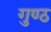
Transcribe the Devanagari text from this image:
गुण्ठ